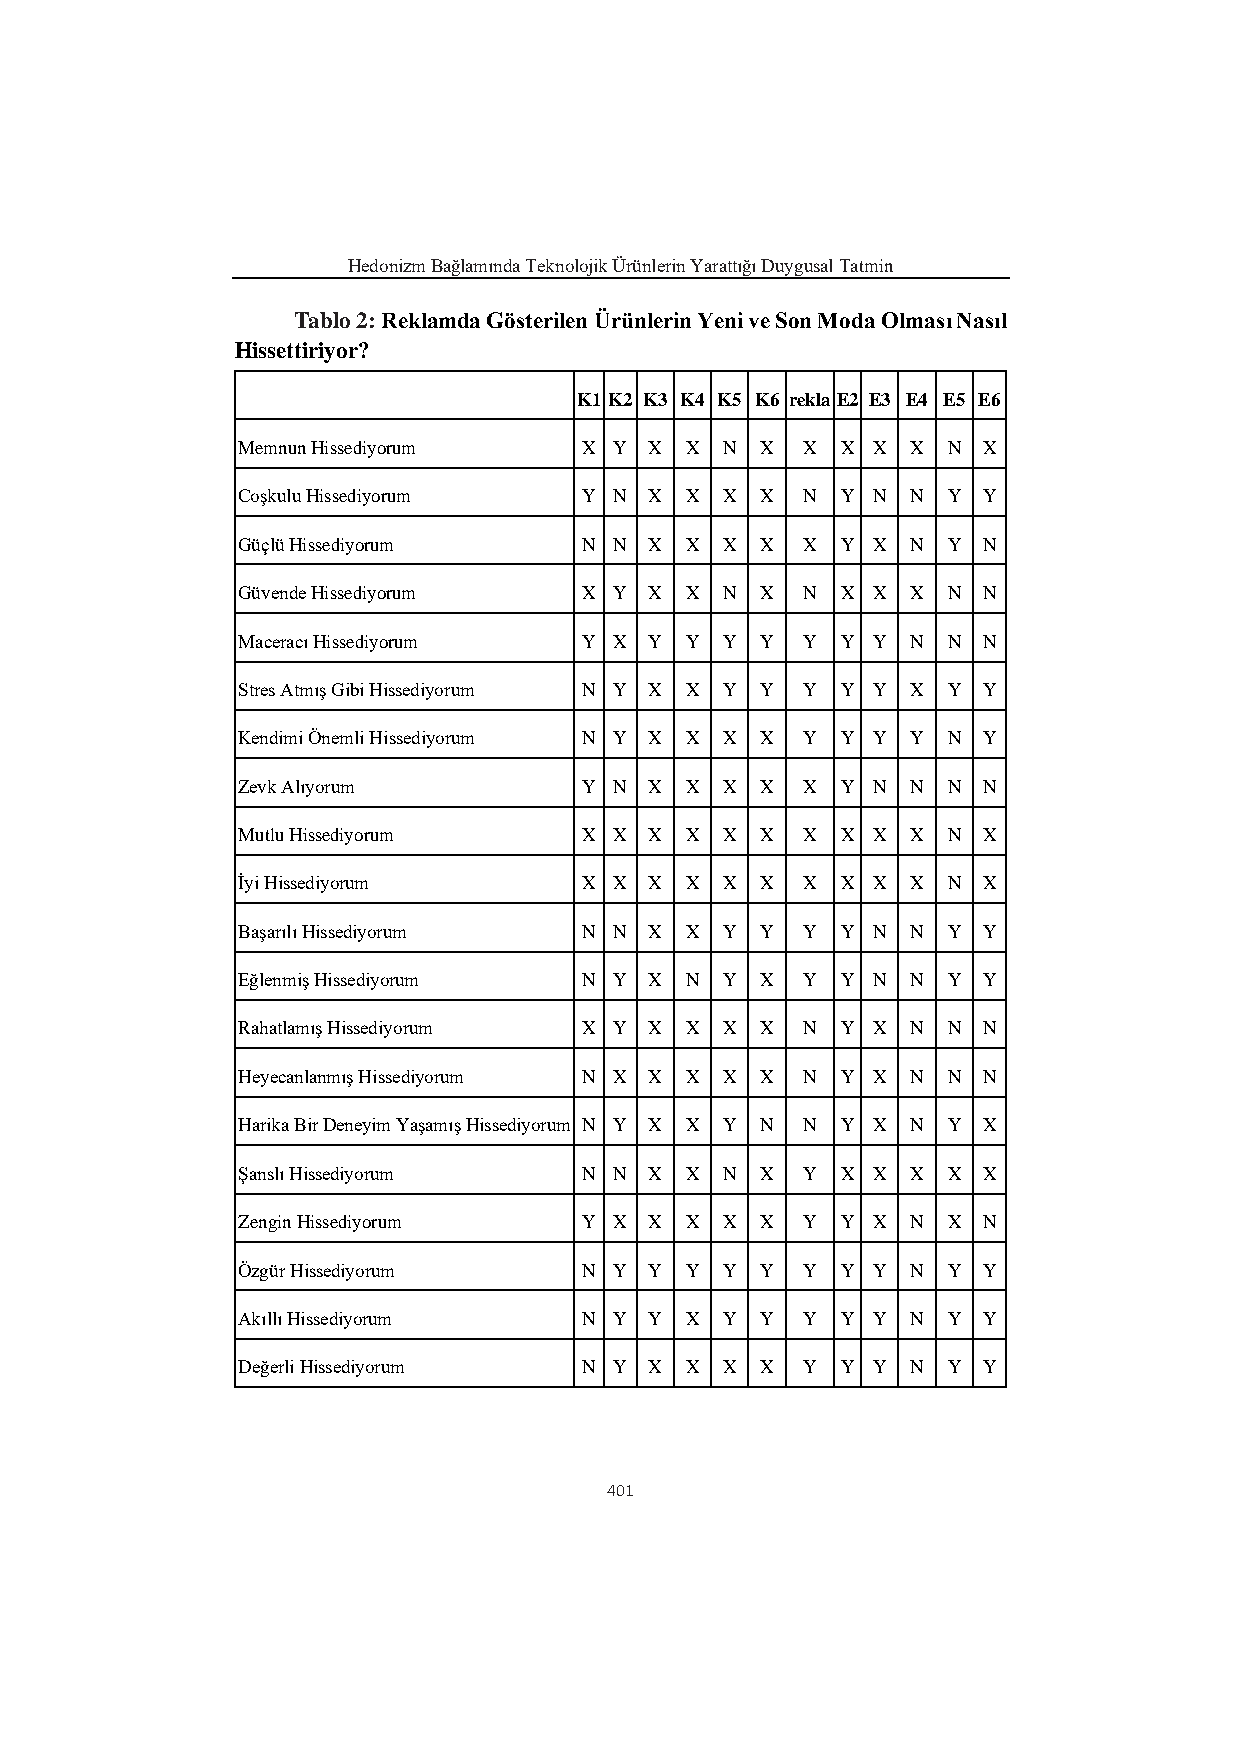
Hedonizm Bağlamında Teknolojik Ürünlerin Yarattığı Duygusal Tatmin
 Tablo 2: Reklamda Gösterilen Ürünlerin Yeni ve Son Moda Olması Nasıl
 Hissettiriyor?
 K1 K2 K3 K4 K5 K6 rekla E2 E3 E4 E5 E6
 Memnun Hissediyorum   X  Y X X  N X  X  X X X  N X
 Coşkulu Hissediyorum  Y  N X X  X X  N  Y N N  Y Y
 Güçlü Hissediyorum    N  N X X  X X  X  Y X N  Y N
 Güvende Hissediyorum  X  Y X X  N X  N  X X X  N N
 Maceracı Hissediyorum Y  X Y Y  Y Y  Y  Y Y N  N N
 Stres Atmış Gibi Hissediyorum N Y X X Y Y Y Y Y X Y Y
 Kendimi Önemli Hissediyorum N Y X X X X Y Y Y Y N Y
 Zevk Alıyorum         Y  N X X  X X  X  Y N N  N N
 Mutlu Hissediyorum    X  X X X  X X  X  X X X  N X
 İyi Hissediyorum      X  X X X  X X  X  X X X  N X
 Başarılı Hissediyorum N  N X X  Y Y  Y  Y N N  Y Y
 Eğlenmiş Hissediyorum N  Y X N  Y X  Y  Y N N  Y Y
 Rahatlamış Hissediyorum X Y X X X X  N  Y X N  N N
 Heyecanlanmış Hissediyorum N X X X X X N Y X N N N
 Harika Bir Deneyim Yaşamış Hissediyorum N Y X X Y N N Y X N Y X
 Şanslı Hissediyorum   N  N X X  N X  Y  X X X  X X
 Zengin Hissediyorum   Y  X X X  X X  Y  Y X N  X N
 Özgür Hissediyorum    N  Y Y Y  Y Y  Y  Y Y N  Y Y
 Akıllı Hissediyorum   N  Y Y X  Y Y  Y  Y Y N  Y Y
 Değerli Hissediyorum  N  Y X X  X X  Y  Y Y N  Y Y
 401